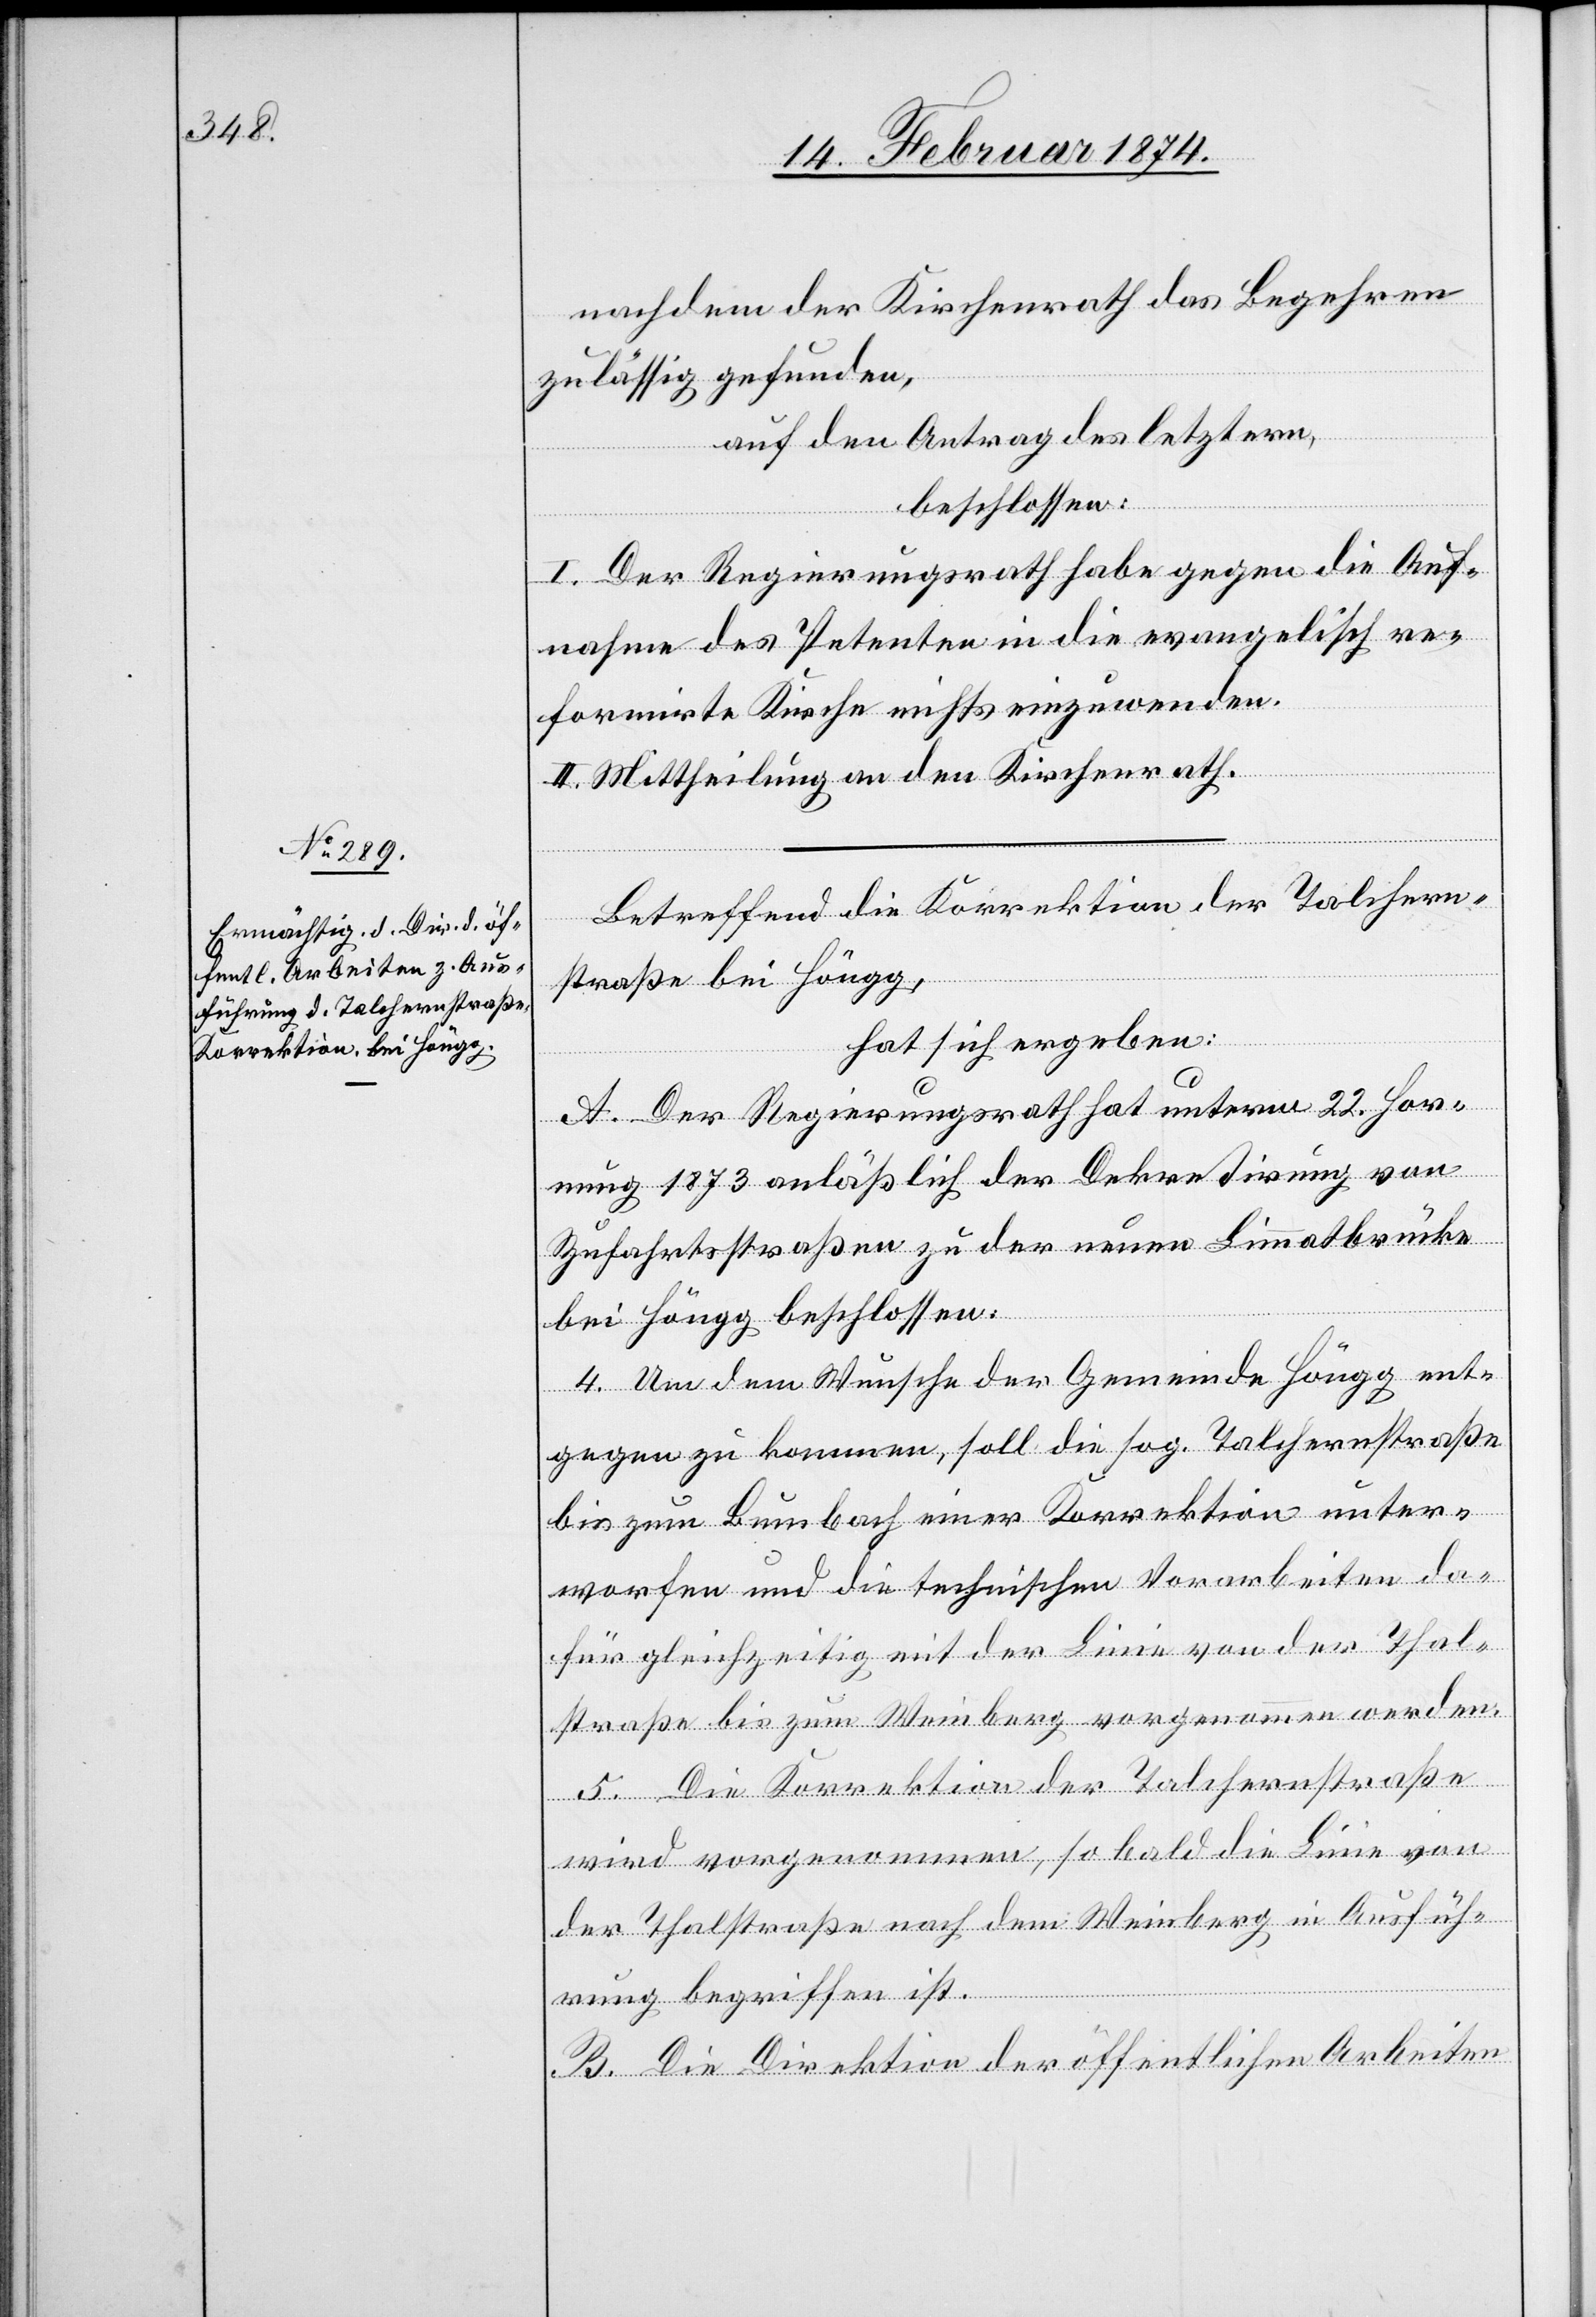
nachdem der Kirchenrath das Begehren
zulässig gefunden,
auf den Antrag des letztern,
beschlossen:
I. Der Regierungsrath habe gegen die Auf¬
nahme des Petenten in die evangelisch re¬
formirte Kirche nichts einzuwenden.
II. Mittheilung an den Kirchenrath.
Betreffend die Korrektion der Talchern¬
straße bei Höngg,
hat sich ergeben:
A. Der Regierungsrath hat unterm 22. Hor¬
nung 1873 anläßlich der Dekretirung von
Zufahrtsstraßen zu der neuen Limmatbrücke
bei Höngg beschlossen:
4. Um dem Wunsche der Gemeinde Höngg ent¬
gegen zu kommen, soll die sog. Talchernstraße
bis zum Bombach einer Korrektion unter¬
worfen und die technischen Vorarbeiten da¬
für gleichzeitig mit der Linie von der Thal¬
straße bis zum Weinberg vorgenommen werden.
5. Die Korrektion der Talchernstraße
wird vorgenommen, sobald die Linie von
der Thalstraße nach dem Weinberg in Ausfüh¬
rung begriffen ist.
B. Die Direktion der öffentlichen Arbeiten